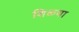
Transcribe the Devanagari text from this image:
शिळ्या